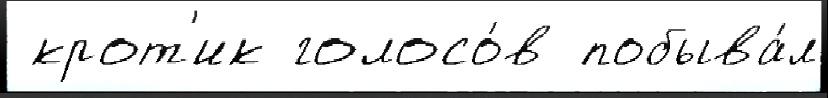
 крот'ик голосо́в побыва́л